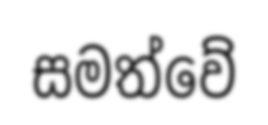
සමත්වේ